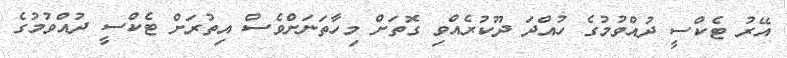
އޭރު ޓެކްސީ ދުއްވުމުގެ ހުއްދަ ދޫކުރެއްވި ގޮތަށް މިހާތަނަށްވެސް އިތުރަށް ޓެކްސީ ދުއްވުމުގެ